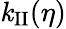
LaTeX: \mathit{k}_{\mathrm{{II}}}(\eta)